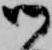
御